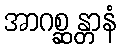
အာဂစ္ဆန္တာနံ